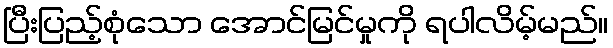
ပြီးပြည့်စုံသော အောင်မြင်မှုကို ရပါလိမ့်မည်။